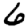
Digit: 6